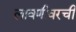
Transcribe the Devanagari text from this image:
लावणीवरची